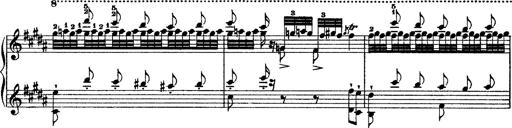
Title: Grandes Ã©tudes de Paganini
Composer: Franz Liszt